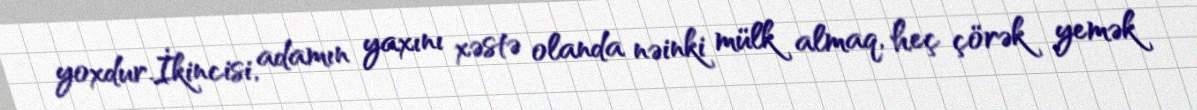
yoxdur.İkincisi, adamın yaxını xəstə olanda nəinki mülk almaq, heç çörək yemək